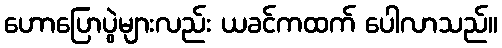
ဟောပြောပွဲများလည်း ယခင်ကထက် ပေါလာသည်။